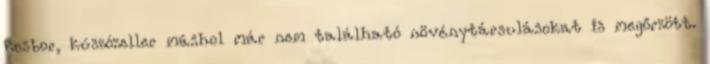
kosbor, kúszózeller máshol már nem található növénytársulásokat is megőrzött.